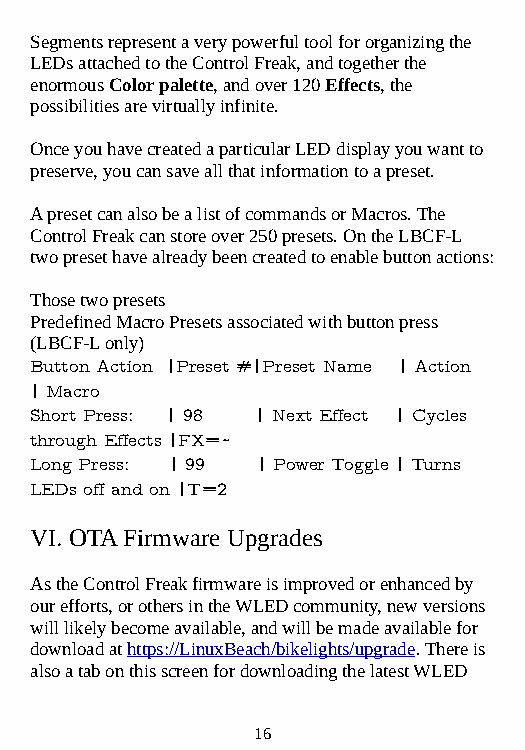
Segments represent a very powerful tool for organizing the
 LEDs attached to the Control Freak, and together the
 enormous Color palette, and over 120 Effects, the
 possibilities are virtually infinite.
 Once you have created a particular LED display you want to
 preserve, you can save all that information to a preset.
 A preset can also be a list of commands or Macros. The
 Control Freak can store over 250 presets. On the LBCF-L
 two preset have already been created to enable button actions:
 Those two presets
 Predefined Macro Presets associated with button press
 (LBCF-L only)
 Button Action |Preset #|Preset Name | Action
 | Macro
 Short Press: | 98 | Next Effect | Cycles
 through Effects |FX=~
 Long Press: | 99 | Power Toggle | Turns
 LEDs off and on |T=2
 VI. OTA Firmware Upgrades
 As the Control Freak firmware is improved or enhanced by
 our efforts, or others in the WLED community, new versions
 will likely become available, and will be made available for
 download at https://LinuxBeach/bikelights/upgrade. There is
 also a tab on this screen for downloading the latest WLED
 16